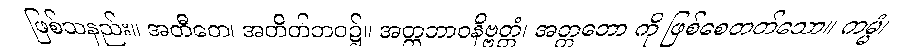
ဖြစ်သနည်း။ အတီတေ၊ အတိတ်ဘဝ၌။ အတ္တဘာဝနိဗ္ဗတ္တံ၊ အတ္တဘော ကို ဖြစ်စေတတ်သော။ ကမ္မံ၊